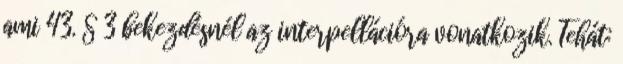
ami 43. § 3 bekezdésnél az interpellációra vonatkozik. Tehát: